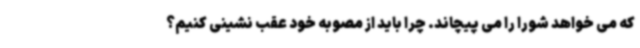
که می خواهد شورا را می پیچاند. چرا باید از مصوبه خود عقب نشینی کنیم؟